Bulletin of the Pasteur Institute of Southern India, Coonoor - No. 2.
Year: 1909
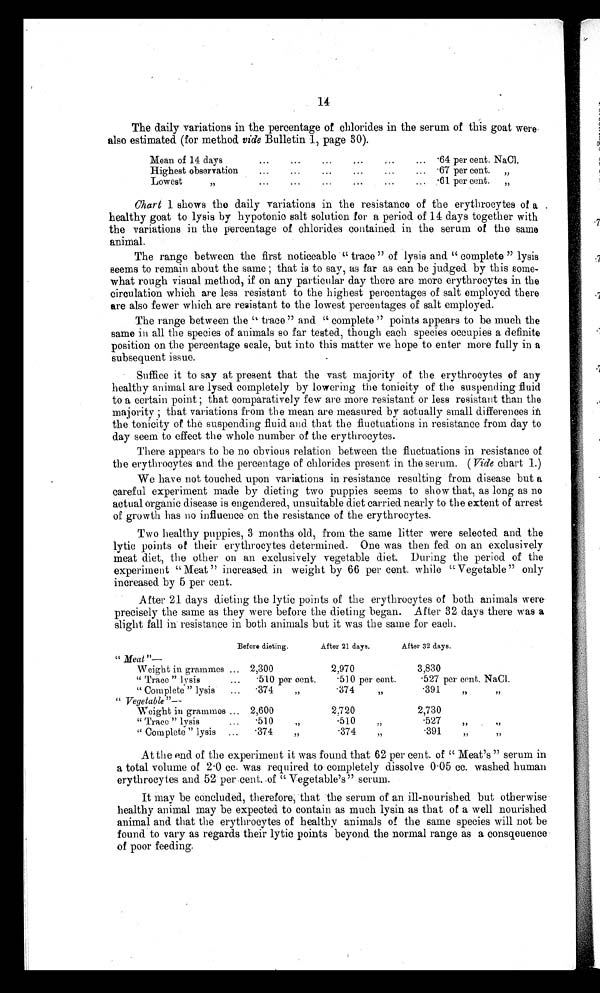
14
The daily variations in the percentage of chlorides in the serum of this goat were
also estimated (for method vide Bulletin 1, page 30).
Mean of 14 day
. . .
...
...
. . .
... 64 per cent. NaCl.
Highest observation
...
...
...
...
...
...
67 per cont.
„
Lowest
. ..
. . .
. .
. ..
. . .
. . . 61 per cent. „
Chart 1 shows the daily variations in the resistance of the erythrocytes of a .
healthy goat to lysis by hypotonic salt solution for a period of 14 days together with
the variations in the percentage of chlorides contained in the serum of the same
animal.
The range between the first noticeable "trace" of lysis and "complete" lysis
seems to remain about the same ; that is to say, as far as can be judged by this some- -
what rough visual method, if on any particular day there are more erythrocytes in the
circulation which are less resistant to the highest percentages of salt employed there
are also fewer which are resistant to the lowest percentages of salt employed.
The range between the "trace" and "complete" points appears to be much the
same in all the species of animals so far tested, though each species occupies a definite
position on the percentage scale, but into this matter we hope to enter more fully in a
subsequent issue.
Suffice it to say at present that the vast majority of the erythrocytes of any
healthy animal are lysed completely by lowering the tonicity of the suspending fluid
to a certain point ; that comparatively few are more resistant or less resistant than the
majority ; that variations from the mean are measured by actually small differences i n
the tonicity of the suspending fluid and that the fluctuations in resistance from day to
day seem to effect the whole number of the erythrocytes.
There appears to be no obvious relation between the fluctuations in resistance of
the erythrocytes and the percentage of chlorides present in the serum. ( Vide chart 1.)
We have not touched upon variations in resistance resulting from disease but a
careful experiment made by dieting two puppies seems to show that, as long as no
actual organic disease is engendered, unsuitable diet carried nearly to the extent of arrest
of growth has no influence on the resistance of the erythrocytes.
Two healthy puppies, 3 months old, from the same litter were selected and the
lytic points of their erythrocytes determined. One was then fed on an exclusively
meat diet, the other on an exclusively vegetable diet. During the period of the
experiment "Meat" increased in weight by 66 per cent. while "Vegetable" only
increased by 5 per cent.
After 21 days dieting the lytic points of the erythrocytes of both animals were
precisely the same as they were before the dieting began. After 32 days there was a
slight fall in resistance in both animals but it was the same for each.
" Meat"—
Before dieting.
After 21 days.
After 32 days.
Weight in grammes ... 2,300
2,970
3,830
"Trace" lysis
...
.510 per cent.
.510 per cent.
.527 per cent. NaCl.
"Complete" lysis
...
.374
„
.374
. 391 „
" Vegetable "--
Weight in grammes ... 2,600
2,720
2,730
"Trace" lysis
...
. 510
.510 „
.527 „
"Complete" lysis
...
.374
„
.374
„
. 391 „
At the end of the experiment it was found that 62 per cent. of "Meat's" serum in
a total volume of 2 .0 cc. was required to completely dissolve 0 . 05 cc. washed human
erythrocytes and 52 per cent of "Vegetable's" serum.
It may be concluded, therefore, that the serum of an ill-nourished but otherwise
healthy animal may be expected to contain as much lysin as that of a well nourished
animal and that the erythrocytes of healthy animals of the same species will not be
found to vary as regards their lytic points beyond the normal range as a consqeuence
of poor feeding.